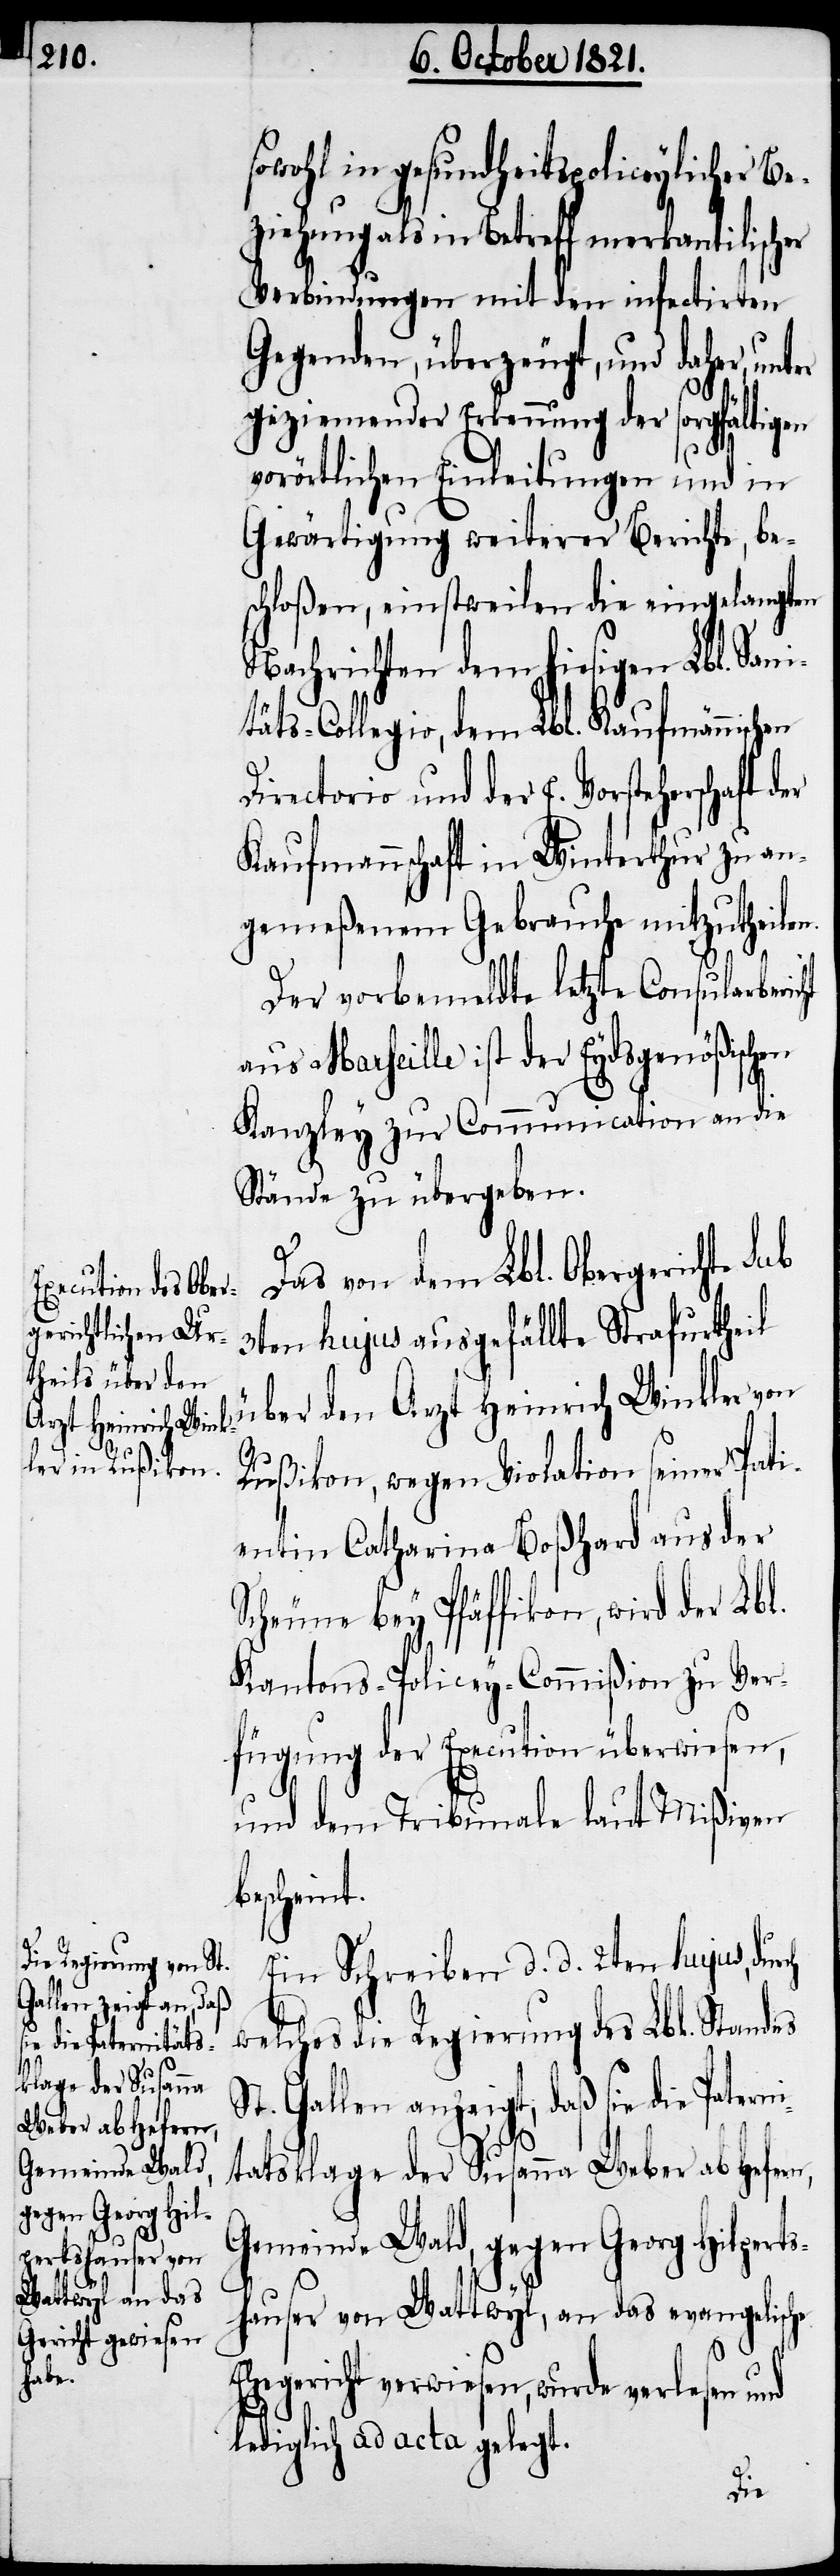
die Paternitäts¬
klage der Susanna
Weber ab Hefern,

sowohl in Gesundheitspoliceylicher Be¬
ziehung als in Betreff merkantilischer
Verbindungen mit den infectirten
Gegenden, überzeugt, und daher, unt¬
geziemender Erkennung der sorgfältigen
vorörtlichen Einleitungen und in
Gewärtigung weiterer Berichte, be¬
schloßen, einstweilen die eingelangten
Nachrichten dem hiesigen Lbl. San¬
itäts-Collegio, dem Lbl. Kaufmännischen
Directorio und der E. Vorsteherschaft
Kaufmannschaft in Winterthur zu an¬
gemeßenem Gebrauche mitzutheilen.
Der vorbemeldte letzte Consularberic¬
aus Marseille ist der Eydsgenößischen
Kanzley zur Communication an die
Stände zu übergeben.
rch
Das von dem Lbl. Obergerichte
3ten hujus ausgefällte Strafurtheil
über den Arzt Heinrich Winkler von
Rußikon, wegen Violation seiner Pat¬
ientin Catharina Boßhard aus der
Scheune bey Pfäffikon, wird der Lb¬
Kantons-Policey-Commißion zu Ver¬
fügung der Execution überwiesen,
und dem Tribunale laut Mißiven
bescheint.
Ein Schreiben d. d. 2ten hujus, du¬
welches die Regierung des Lbl. Standes
St. Gallen anzeigt, daß sie
Gemeinde Wald, gegen Georg Hilperts¬
hauser von Wattwyl, an das evangelische
Ehegericht verwiesen, wurde verlesen und
lediglich ad acta gelegt.